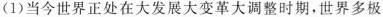
(1)当今世界正处在大发展大变革大调整时期，世界多极